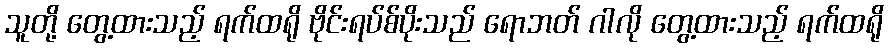
သူတို့ တွေ့ထားသည့် ရက်ထရို ဗိုင်းရပ်စ်ပိုးသည် ရောဘတ် ဂါလို တွေ့ထားသည့် ရက်ထရို